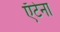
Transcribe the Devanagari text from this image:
ऍंटेना